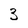
Character: 3